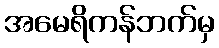
အမေရိကန်ဘက်မှ